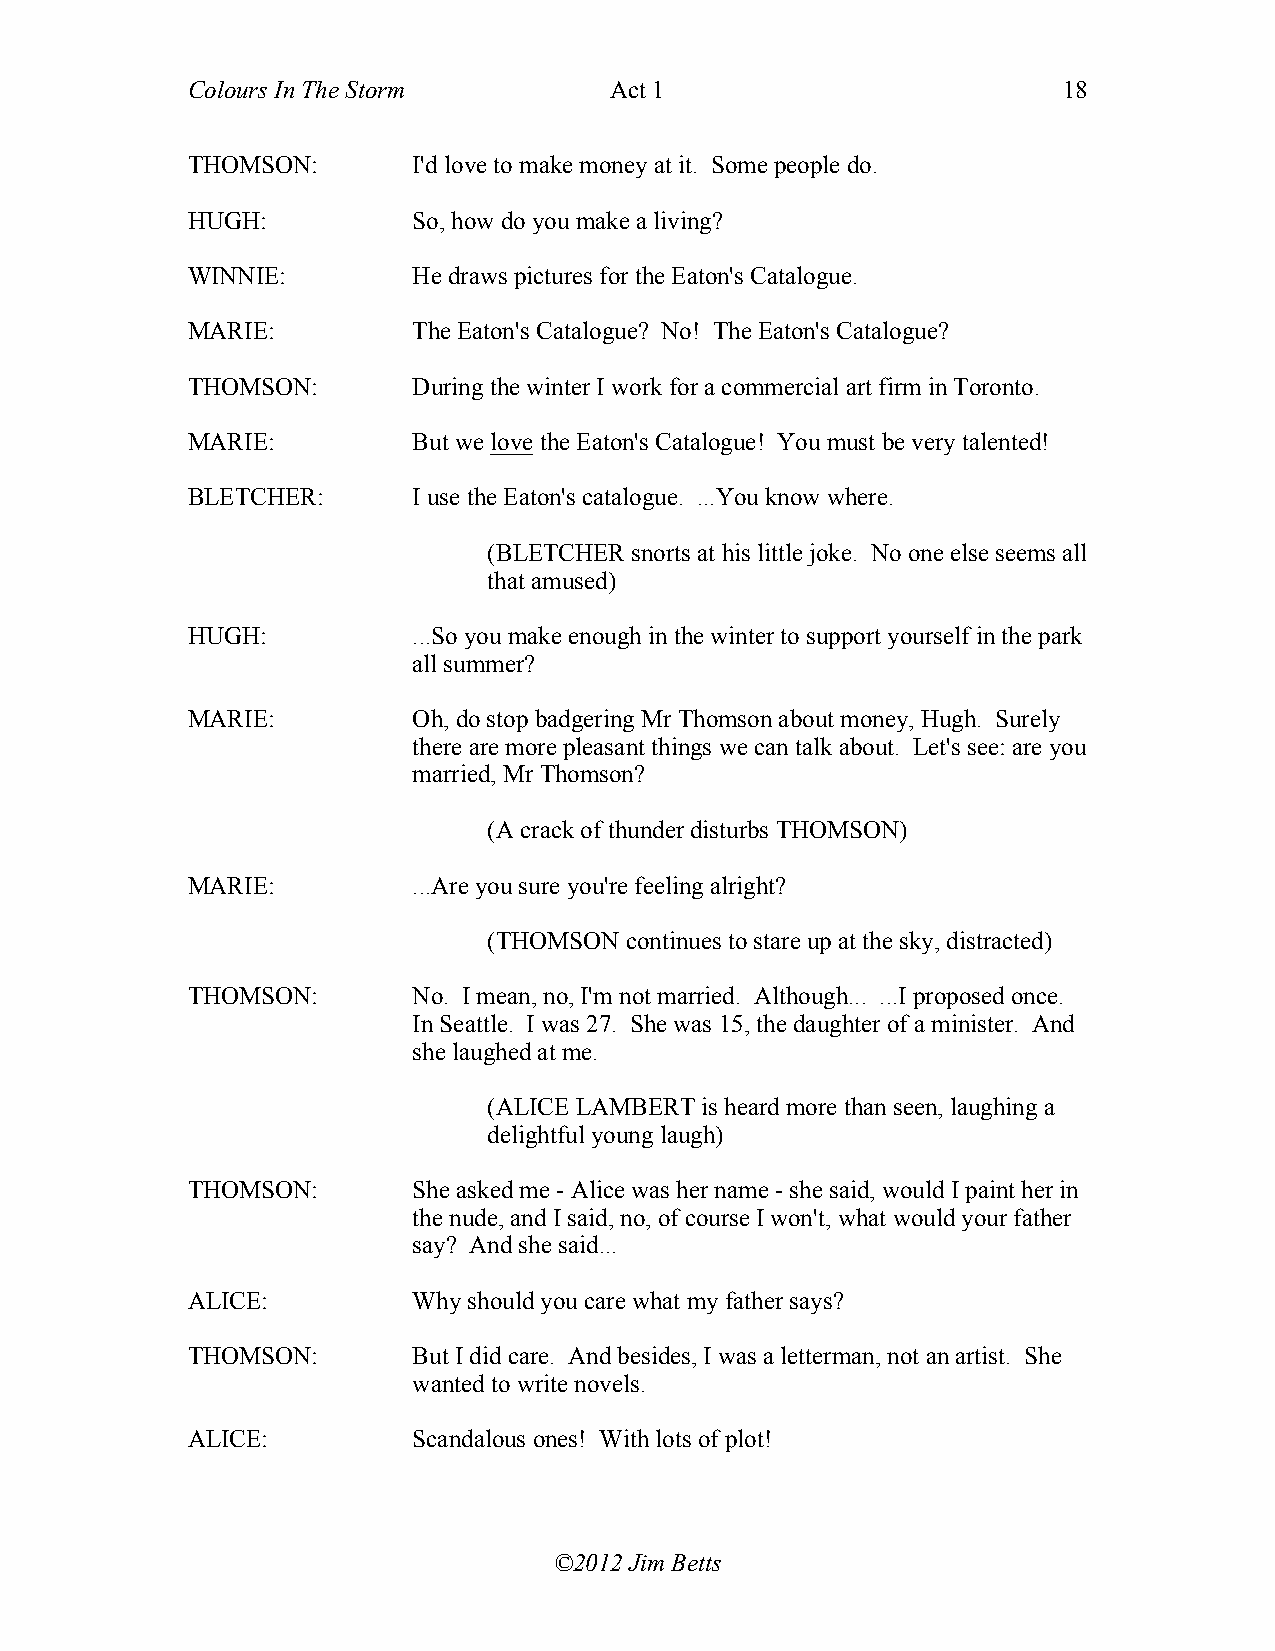
Colours In The Storm        Act 1                         18
 THOMSON:       I'd love to make money at it. Some people do.
 HUGH:          So, how do you make a living?
 WINNIE:        He draws pictures for the Eaton's Catalogue.
 MARIE:         The Eaton's Catalogue? No! The Eaton's Catalogue?
 THOMSON:       During the winter I work for a commercial art firm in Toronto.
 MARIE:         But we love the Eaton's Catalogue! You must be very talented!
 BLETCHER:      I use the Eaton's catalogue. ...You know where.
 (BLETCHER snorts at his little joke. No one else seems all
 that amused)
 HUGH:          ...So you make enough in the winter to support yourself in the park
 all summer?
 MARIE:         Oh, do stop badgering Mr Thomson about money, Hugh. Surely
 there are more pleasant things we can talk about. Let's see: are you
 married, Mr Thomson?
 (A crack of thunder disturbs THOMSON)
 MARIE:         ...Are you sure you're feeling alright?
 (THOMSON continues to stare up at the sky, distracted)
 THOMSON:       No. I mean, no, I'm not married. Although... ...I proposed once.
 In Seattle. I was 27. She was 15, the daughter of a minister. And
 she laughed at me.
 (ALICE LAMBERT is heard more than seen, laughing a
 delightful young laugh)
 THOMSON:       She asked me - Alice was her name - she said, would I paint her in
 the nude, and I said, no, of course I won't, what would your father
 say? And she said...
 ALICE:         Why should you care what my father says?
 THOMSON:       But I did care. And besides, I was a letterman, not an artist. She
 wanted to write novels.
 ALICE:         Scandalous ones! With lots of plot!
 ©2012 Jim Betts